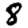
Digit: 8